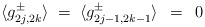
\begin{align*}\langle g_{2j,2k}^\pm \rangle \;=\;\langle g_{2j-1,2k-1}^\pm \rangle \;\,=\;\, 0 \\\end{align*}